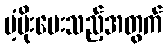
ပံ့ပိုးပေးသည့်အတွက်